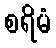
စရိမံ